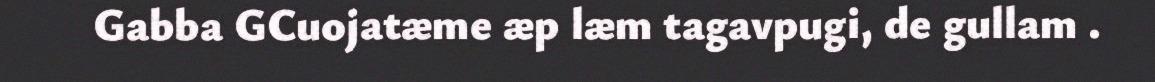
Gabba GCuojatæme æp læm tagavpugi, de gullam .